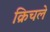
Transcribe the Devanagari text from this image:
क्रिचले